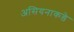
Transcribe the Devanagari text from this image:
असियनाकडे